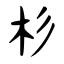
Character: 杉